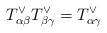
\begin{align*}T^\vee_{\alpha\beta}T^\vee_{\beta\gamma}=T^\vee_{\alpha\gamma}\end{align*}